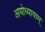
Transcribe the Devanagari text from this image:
अयोध्यायाम्